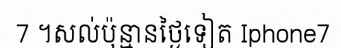
7 ។សល់ប៉ុន្មានថ្ងៃទៀត Iphone7